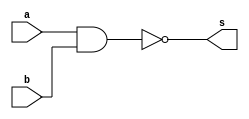
//---------------------
// Exemplo0006 - NAND
// Nome: Douglas Henrique Silva Correa
//---------------------

//---------------------
//--nand gate
//---------------------
module nandgate (output s,
					  input  a,
					  input  b);
  assign s = ( ~( a & b ));
endmodule // nand

//---------------------
//--test nand gate
//---------------------
module testnandgate;
//-------------------------dados locais
reg a, b; // definir registradores
wire s;
			// definir conexao (fio)
//-------------------------instancia
nandgate NAND1 (s, a, b);
//-------------------------preparacao
initial begin:start
				// atribuicao simultanea
				// dos valores iniciais
 a=0; b=0;
end
//-------------------------parte principal

initial begin
	$display("Exemplo0006 - Douglas Henrique Silva Correa - 466503");
	$display("Test NAND gate");
	$display("\na & b = s\n");
	a=0; b=0;
#1	$display("~(%b & %b) = %b", a, b, s);
	a=0; b=1;
#1	$display("~(%b & %b) = %b", a, b, s);
	a=1; b=0;
#1	$display("~(%b & %b) = %b", a, b, s);
	a=1; b=1;
#1	$display("~(%b & %b) = %b", a, b, s);
end

endmodule // testnandgate